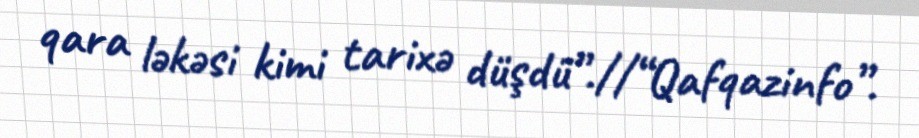
qara ləkəsi kimi tarixə düşdü”.//“Qafqazinfo”.